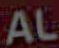
AL